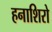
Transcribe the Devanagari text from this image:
हनाशिरो